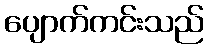
ပျောက်ကင်းသည်